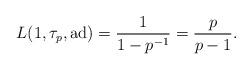
LaTeX: \begin{align*} L(1,\tau_p, \mathrm{ad}) = \frac{1}{1-p^{-1}} = \frac{p}{p-1}.\end{align*}